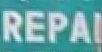
repai